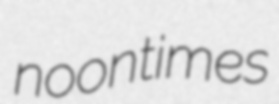
noontimes